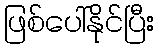
ဖြစ်ပေါ်နိုင်ပြီး